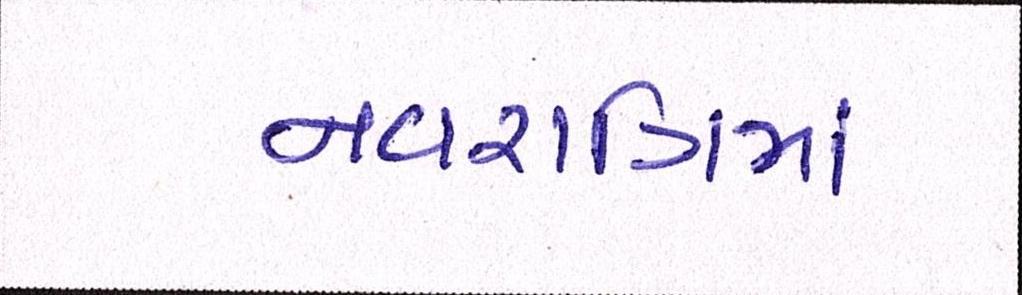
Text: નવરાત્રિમાં